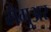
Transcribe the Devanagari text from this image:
मैगुअर